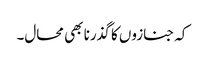
کہ جنازوں کا گذرنا بھی محال۔